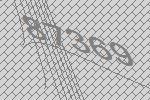
87369